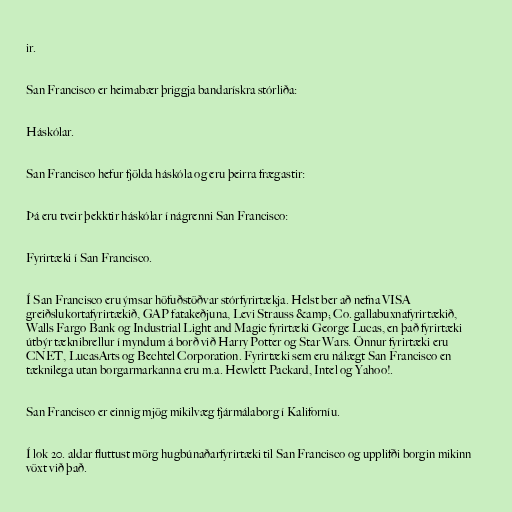
ir.

San Francisco er heimabær þriggja bandarískra stórliða:

Háskólar.

San Francisco hefur fjölda háskóla og eru þeirra frægastir:

Þá eru tveir þekktir háskólar í nágrenni San Francisco:

Fyrirtæki í San Francisco.

Í San Francisco eru ýmsar höfuðstöðvar stórfyrirtækja. Helst ber að nefna VISA
greiðslukortafyrirtækið, GAP fatakeðjuna, Levi Strauss &amp; Co. gallabuxnafyrirtækið,
Walls Fargo Bank og Industrial Light and Magic fyrirtæki George Lucas, en það fyrirtæki
útbýr tæknibrellur í myndum á borð við Harry Potter og Star Wars. Önnur fyrirtæki eru
CNET, LucasArts og Bechtel Corporation. Fyrirtæki sem eru nálægt San Francisco en
tæknilega utan borgarmarkanna eru m.a. Hewlett Packard, Intel og Yahoo!.

San Francisco er einnig mjög mikilvæg fjármálaborg í Kaliforníu.

Í lok 20. aldar fluttust mörg hugbúnaðarfyrirtæki til San Francisco og upplifði borgin mikinn
vöxt við það.